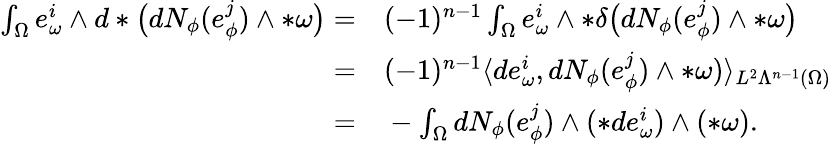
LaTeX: \begin{array}{rl}{\int_{\Omega}e_{\omega}^{i}\wedge d\ast\big(dN_{\phi}(e_{\phi}^{j})\wedge\ast\omega\big)=}&{{}(-1)^{n-1}\int_{\Omega}e_{\omega}^{i}\wedge\ast\delta\big(dN_{\phi}(e_{\phi}^{j})\wedge\ast\omega\big)}\\ {=}&{{}(-1)^{n-1}\langle de_{\omega}^{i},dN_{\phi}(e_{\phi}^{j})\wedge\ast\omega)\rangle_{L^{2}\Lambda^{n-1}(\Omega)}}\\ {=}&{{}-\int_{\Omega}dN_{\phi}(e_{\phi}^{j})\wedge(\ast de_{\omega}^{i})\wedge(\ast\omega).}\end{array}